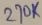
Text: 270K